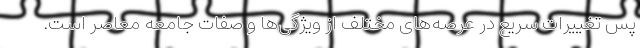
پس تغییرات سریع در عرصه‌های مختلف از ویژگی‌ها و صفات جامعه معاصر است.